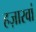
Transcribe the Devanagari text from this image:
हज़ारवां